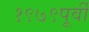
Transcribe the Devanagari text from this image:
१९७९पूर्वी